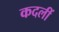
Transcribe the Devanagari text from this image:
कदलीं